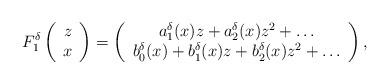
LaTeX: \begin{align*}F_1^\delta \left( \begin{array}{c} z \\ x \end{array}\right) = \left( \begin{array}{c} a_1^\delta(x) z + a^\delta_2(x) z^2 + \dots \\ b^\delta_0(x) + b^\delta_1(x) z + b^\delta_2(x) z^2 + \dots \end{array}\right),\end{align*}